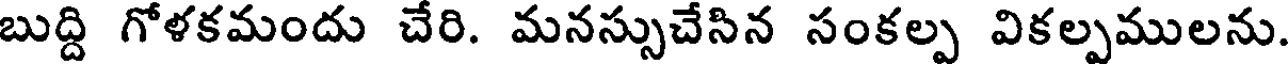
బుద్ది గోళకమందు చేరి. మనస్సుచేసిన సంకల్ప వికల్పములను.